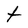
Character: t